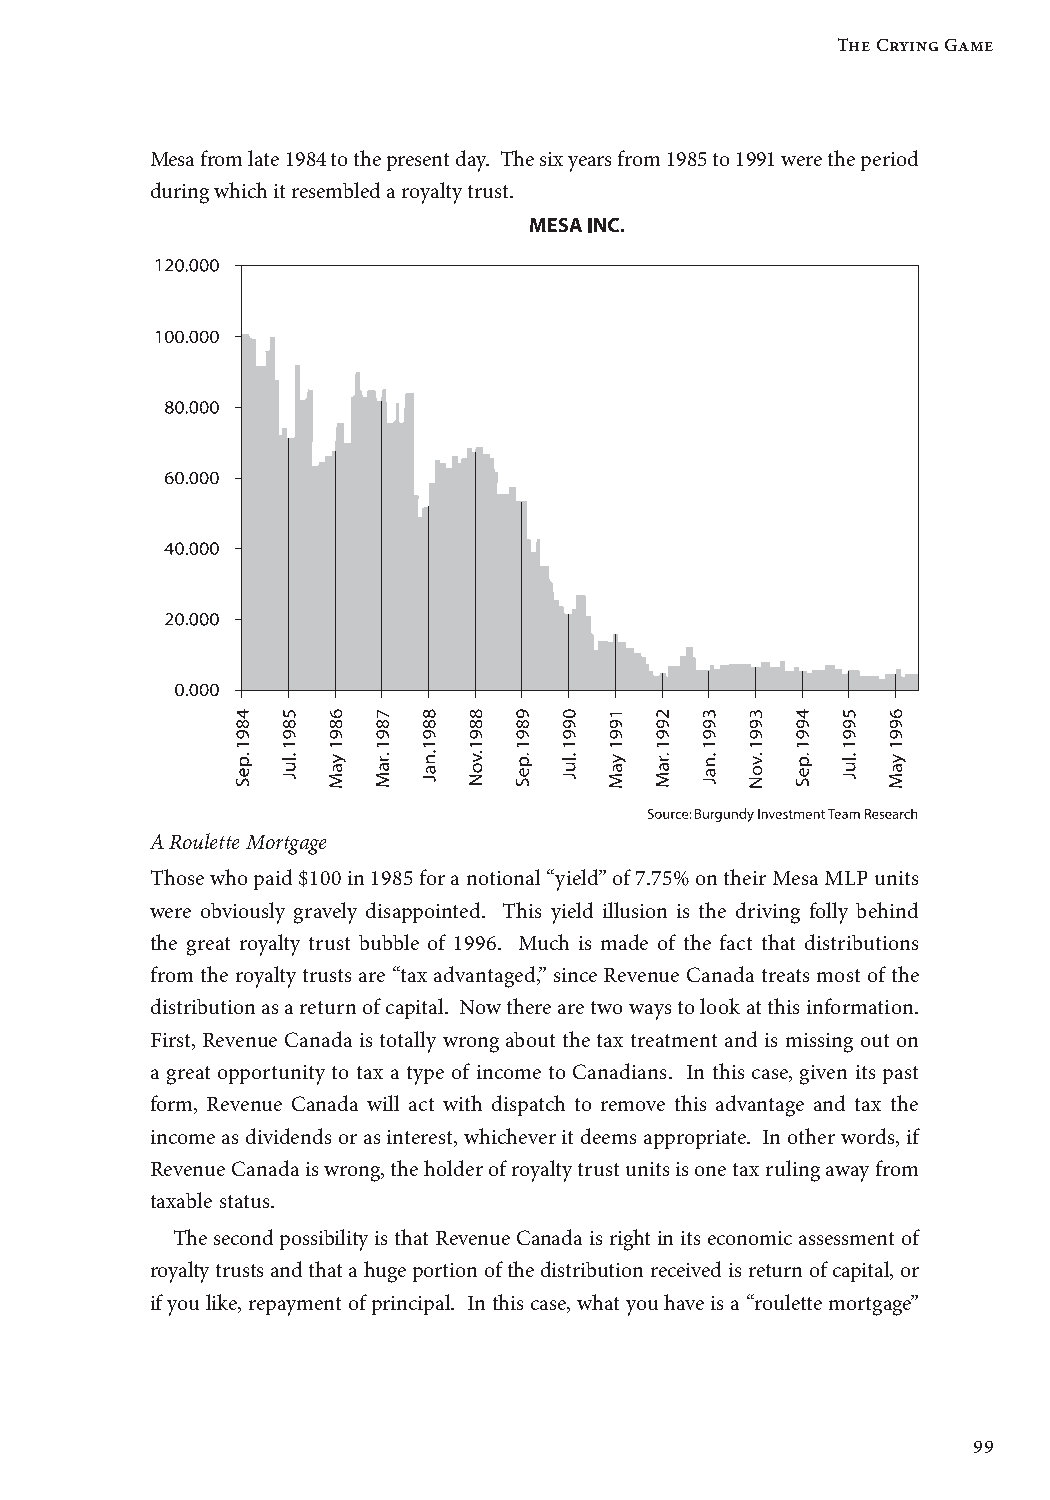
The Crying Game
 Mesa from late 1984 to the present day. The six years from 1985 to 1991 were the period
 during which it resembled a royalty trust.
 A Roulette Mortgage
 Those who paid $100 in 1985 for a notional “yield” of 7.75% on their Mesa MLP units
 were obviously gravely disappointed. This yield illusion is the driving folly behind
 the great royalty trust bubble of 1996. Much is made of the fact that distributions
 from the royalty trusts are “tax advantaged,” since Revenue Canada treats most of the
 distribution as a return of capital. Now there are two ways to look at this information.
 First, Revenue Canada is totally wrong about the tax treatment and is missing out on
 a great opportunity to tax a type of income to Canadians. In this case, given its past
 form, Revenue Canada will act with dispatch to remove this advantage and tax the
 income as dividends or as interest, whichever it deems appropriate. In other words, if
 Revenue Canada is wrong, the holder of royalty trust units is one tax ruling away from
 taxable status.
 The second possibility is that Revenue Canada is right in its economic assessment of
 royalty trusts and that a huge portion of the distribution received is return of capital, or
 if you like, repayment of principal. In this case, what you have is a “roulette mortgage”
 99